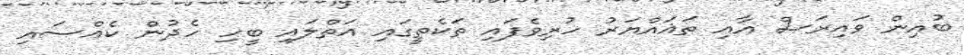
ބުއިން ވައިރަސް އާއި ތަޣައްޔަރު ހުރިވެފައި ތަކެތީގައި އަތްލައި ބީހި ހެދުން ކެއްސައި